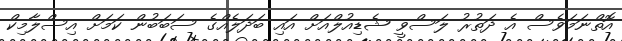
އޮތްނަމަވެސް އެ ދަތުރު ލަސްވީ ޝެޑިއުލްއަށް އައި ބަދަލެއްގެ ސަބަބުން ކަމަށް އިސްލާމިކް